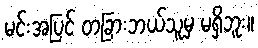
မင်းအပြင် တခြားဘယ်သူမှ မရှိဘူး။